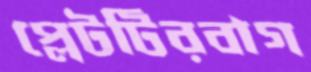
প্লেটটিরবাগ